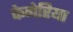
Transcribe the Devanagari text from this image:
केनेरिया